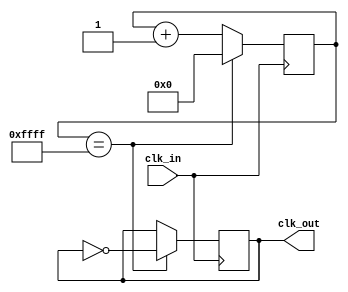
module ripple_counter_clock_divider (
    input wire clk_in,
    output wire clk_out
);

reg [15:0] counter;

always @(posedge clk_in) begin
    if (counter == 16'hFFFF) begin
        counter <= 16'b0;
        clk_out <= ~clk_out;
    end else begin
        counter <= counter + 1;
    end
end

endmodule